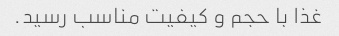
غذا با حجم و کیفیت مناسب رسید.